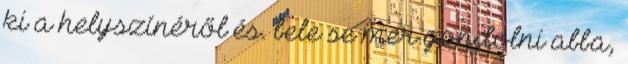
ki a helyszínéről és. bele se mer gondolni abba,